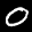
Label: 0